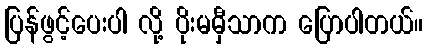
ပြန်ဖွင့်ပေးပါ လို့ ပိုးမမှီသာက ပြောပါတယ်။